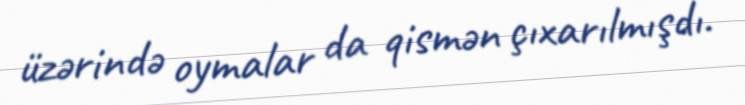
üzərində oymalar da qismən çıxarılmışdı.